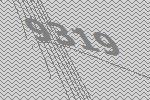
9319